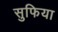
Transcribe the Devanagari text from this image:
सुफिया